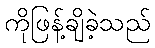
ကိုဖြန့်ချိခဲ့သည်